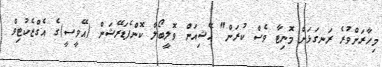
މިހާރަށްވުރެ ރަނގަޅަށް މޮނިޓާ ވެސް ކުރަން" އޭޝިއަން ވޮލީބޯލް ކޮންފެޑަރޭޝަން (އޭވީސީ)ގެ އެގްޒެކުޓިވް